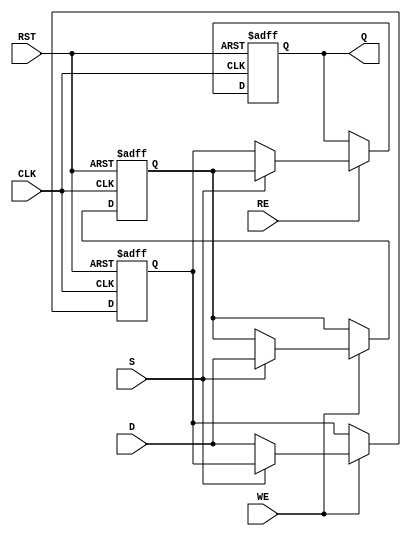
module double_buffer_register #(
    parameter WIDTH = 8  // Parameter for data width
)(
    input  wire [WIDTH-1:0] D,      // Data In
    input  wire WE,                  // Write Enable
    input  wire RE,                  // Read Enable
    input  wire S,                   // Select (0 for Buffer A, 1 for Buffer B)
    input  wire CLK,                 // Clock
    input  wire RST,                 // Reset
    output reg [WIDTH-1:0] Q         // Data Out
);

    // Declare the two buffers
    reg [WIDTH-1:0] buffer_a;
    reg [WIDTH-1:0] buffer_b;

    // Asynchronous reset and clocked operations
    always @(posedge CLK or posedge RST) begin
        if (RST) begin
            // Clear both buffers on reset
            buffer_a <= {WIDTH{1'b0}};
            buffer_b <= {WIDTH{1'b0}};
            Q <= {WIDTH{1'b0}}; // Clear output
        end else begin
            // Write operation
            if (WE) begin
                if (S == 1'b0) begin
                    buffer_a <= D; // Write to Buffer A
                end else begin
                    buffer_b <= D; // Write to Buffer B
                end
            end
            
            // Read operation
            if (RE) begin
                if (S == 1'b0) begin
                    Q <= buffer_a; // Read from Buffer A
                end else begin
                    Q <= buffer_b; // Read from Buffer B
                end
            end
        end
    end

endmodule